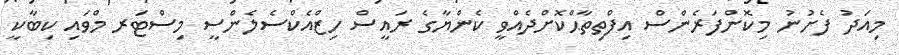
މިއަދު ފެށުނު މިކޮންފަރެންސް އިފްތިތާޙްކޮށްދެއްވީ ކެންޔާގެ ރައީސް ހިޒްއެކްސެލެންސީ މިސްޓަރ މްވައި ކިބާކީ